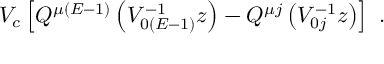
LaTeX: V _ { c } \left[ Q ^ { \mu ( E - 1 ) } \left( V _ { 0 ( E - 1 ) } ^ { - 1 } z \right) - Q ^ { \mu j } \left( V _ { 0 j } ^ { - 1 } z \right) \right] \ .